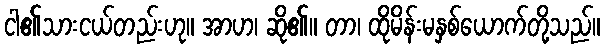
ငါ၏သားငယ်တည်းဟု။ အာဟ၊ ဆို၏။ တာ၊ ထိုမိန်းမနှစ်ယောက်တို့သည်။